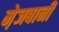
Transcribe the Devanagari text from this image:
मे़जबानी